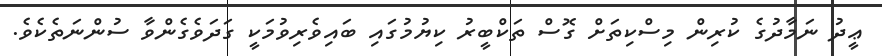
ޢީދު ނަމާދުގެ ކުރިން މިސްކިތަށް ގޮސް ތަކްބީރު ކިޔުމުގައި ބައިވެރިވުމަކީ ގަދަވެގެންވާ ސުންނަތެކެވެ.